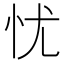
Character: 忧